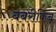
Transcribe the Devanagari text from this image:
बबरीकिन